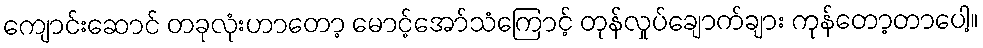
ကျောင်းဆောင် တခုလုံးဟာတော့ မောင့်အော်သံကြောင့် တုန်လှုပ်ချောက်ချား ကုန်တော့တာပေါ့။